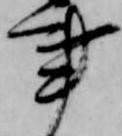
事